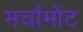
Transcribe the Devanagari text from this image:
मर्चामोंट